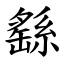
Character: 繇